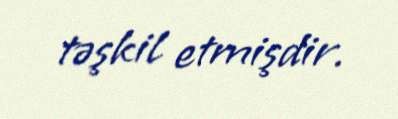
təşkil etmişdir.